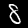
Digit: 8